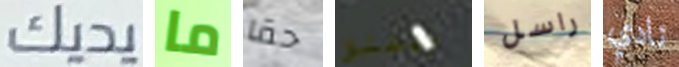
يديك ما حقا ويطلق راسل نادي